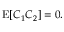
\begin{array} { r } { \operatorname { E } [ C _ { 1 } C _ { 2 } ] = 0 . } \end{array}